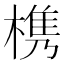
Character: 槜